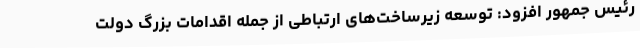
رئیس جمهور افزود: توسعه زیرساخت‌های ارتباطی از جمله اقدامات بزرگ دولت